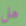
هل